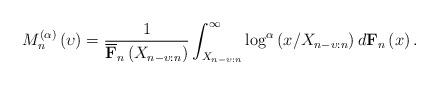
LaTeX: \begin{align*}M_{n}^{\left( \alpha\right) }\left( \upsilon\right) =\frac{1}{\overline{\mathbf{F}}_{n}\left( X_{n-\upsilon:n}\right) }\int_{X_{n-\upsilon:n}}^{\infty}\log^{\alpha}\left( x/X_{n-\upsilon:n}\right)d\mathbf{F}_{n}\left( x\right) . \end{align*}